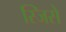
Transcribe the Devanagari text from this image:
स्जिसे